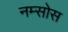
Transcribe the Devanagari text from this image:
नम्सोस